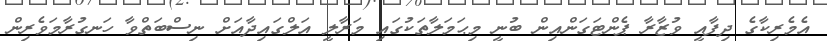
އެމެރިކާގެ ދިފާއީ ވުޒާރާ ޕެންޓަގަންއިން ބުނީ މިޙަމަލާތަކުގައި މަރާލީ އަލްގައިދާއަށް ނިސްބަތްވާ ހަނގުރާމަވެރިން